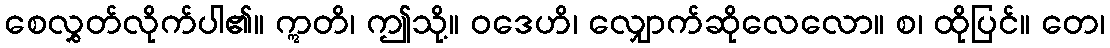
စေလွှတ်လိုက်ပါ၏။ ဣတိ၊ ဤသို့။ ဝဒေဟိ၊ လျှောက်ဆိုလေလော။ စ၊ ထိုပြင်။ တေ၊